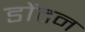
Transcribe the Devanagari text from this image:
डोंटन